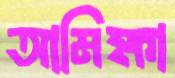
আমিক্ষা